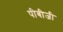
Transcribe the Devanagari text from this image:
पीबीजी